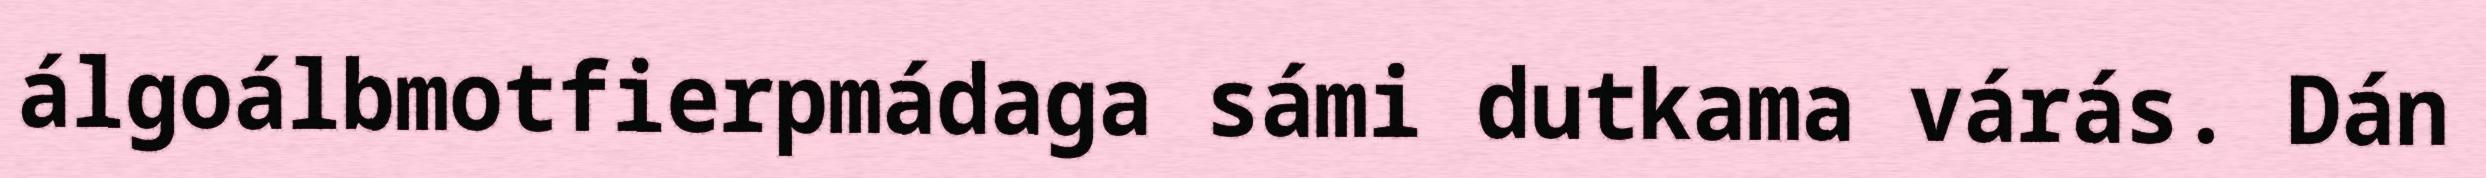
álgoálbmotfierpmádaga sámi dutkama várás. Dán